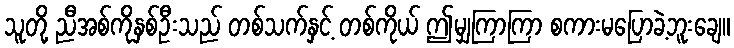
သူတို့ ညီအစ်ကိုနှစ်ဦးသည် တစ်သက်နှင့် တစ်ကိုယ် ဤမျှကြာကြာ စကားမပြောခဲ့ဘူးချေ။